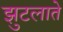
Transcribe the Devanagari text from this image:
झुटलाते